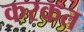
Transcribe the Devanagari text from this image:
करकत